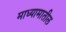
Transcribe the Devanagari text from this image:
माध्यामातील